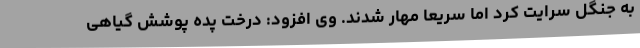
به جنگل سرایت کرد اما سریعا مهار شدند. وی افزود: درخت پده پوشش گیاهی